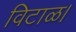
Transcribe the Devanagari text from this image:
विटाळ।